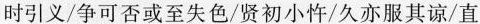
时引义/争可否或至失色/贤初小忤/久亦服其谅/直